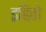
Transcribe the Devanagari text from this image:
इहितो